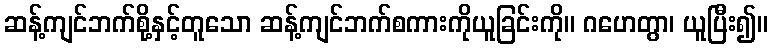
ဆန့်ကျင်ဘက်စို့နှင့်တူသော ဆန့်ကျင်ဘက်စကားကိုယူခြင်းကို။ ဂဟေတွာ၊ ယူပြီး၍။